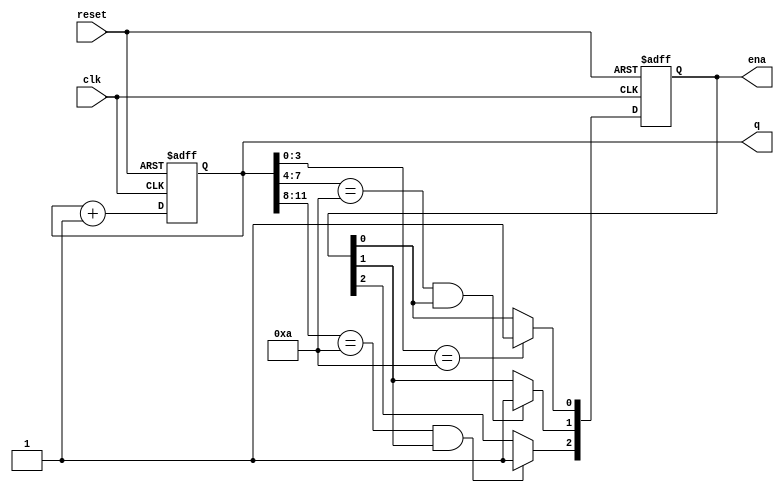
module top_module (
    input clk,
    input reset,   // Synchronous active-high reset
    output [3:1] ena,
    output [15:0] q);

    reg [15:0] counter;
    
    always @(posedge clk or posedge reset) begin
        if (reset) begin
            counter <= 16'h0000; // Reset the count
            ena <= 3'b000;
        end
        else begin
            if (counter[3:0] == 4'hA) begin    // If ones digit reaches 10
                counter[3:0] <= 4'h0;  // Reset ones digit
                ena[1] <= 1'b1;    // Enable tens digit to increment
            end
            
            if (counter[7:4] == 4'hA && ena[1] == 1'b1) begin   // If tens digit reaches 10 and enabled
                counter[7:4] <= 4'h0;  // Reset tens digit
                ena[2] <= 1'b1;    // Enable hundreds digit to increment
            end
            
            if (counter[11:8] == 4'hA && ena[2] == 1'b1) begin  // If hundreds digit reaches 10 and enabled
                counter[11:8] <= 4'h0;  // Reset hundreds digit
                ena[3] <= 1'b1;    // Enable thousands digit to increment
            end

            if (counter[15:12] == 4'hA && ena[3] == 1'b1)    // If thousands digit reaches 10 and enabled
                counter[15:12] <= 4'h0;  // Reset thousands digit
            
            counter <= counter + 1;  // Increment the counter
        end
    end

    assign q = counter;  // Assign counter to output q

endmodule